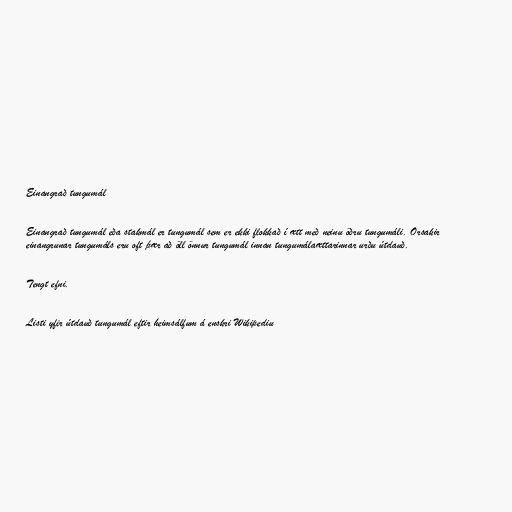
Einangrað tungumál

Einangrað tungumál eða stakmál er tungumál sem er ekki flokkað í ætt með neinu öðru tungumáli. Orsakir
einangrunar tungumáls eru oft þær að öll önnur tungumál innan tungumálaættarinnar urðu útdauð.

Tengt efni.

Listi yfir útdauð tungumál eftir heimsálfum á enskri Wikipediu